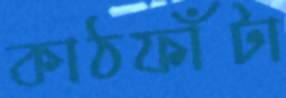
কাঠফাঁটা